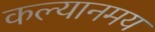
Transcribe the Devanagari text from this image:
कल्यानमय